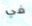
في